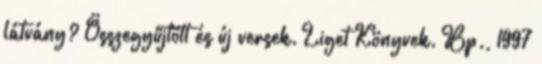
látvány? Összegyűjtött és új versek. Liget Könyvek. Bp., 1997